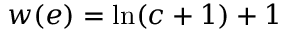
w ( e ) = \ln ( c + 1 ) + 1